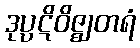
ဒုပ္ပဋိဝိဇ္ဈတရံ